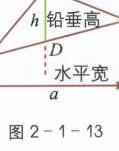
\begin{figure}[h]
\centering
\includegraphics[width=0.5\textwidth]{图2 - 1 - 13的图片路径（需补充实际路径）}
\caption{}
\end{figure}
图中含标注：$h$ 铅垂高，$a$ 水平宽，点$D$